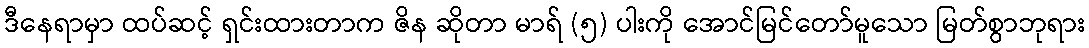
ဒီနေရာမှာ ထပ်ဆင့် ရှင်းထားတာက ဇိန ဆိုတာ မာရ် (၅) ပါးကို အောင်မြင်တော်မူသော မြတ်စွာဘုရား